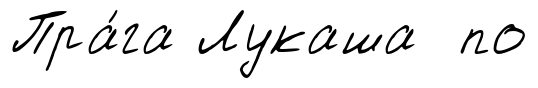
Пра́га Лукаша по